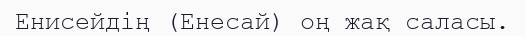
Енисейдің (Енесай) оң жақ саласы.